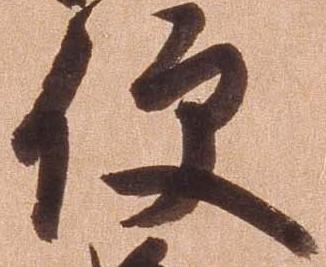
便